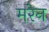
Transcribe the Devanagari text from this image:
मरेन